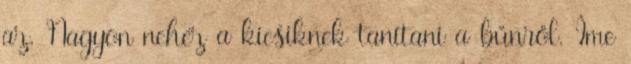
az. Nagyon nehéz a kicsiknek tanítani a bűnről. Íme